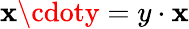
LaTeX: \mathbf{x}\cdoty=y\cdot\mathbf{x}